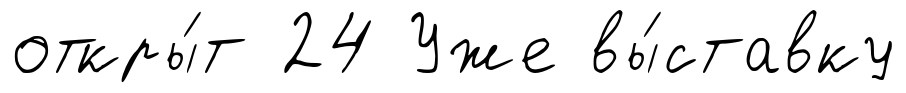
откры́т 24 Уже вы́ставку